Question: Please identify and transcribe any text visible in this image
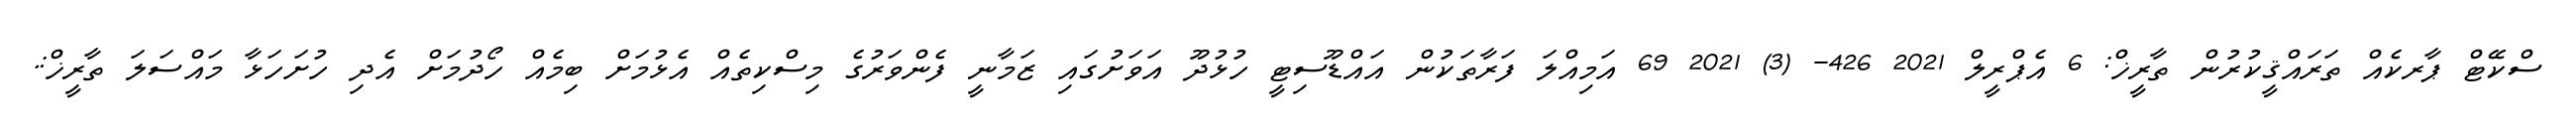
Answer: ސްކޭޓް ޕާރކެއް ތަރައްޤީކުރުން ތާރީޚް: 6 އެޕްރީލް 2021 426- (3) 2021 69 އަމިއްލަ ފަރާތަކުން އައްޑޫސިޓީ ހުޅުދޫ އަވަށުގައި ޒަމާނީ ފެންވަރުގެ މިސްކިތެއް އެޅުމަށް ބިމެއް ހޯދުމަށް އެދި ހުށަހަޅާ މައްސަލަ ތާރީޚް:.